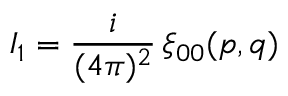
I _ { 1 } = { \frac { i } { ( 4 \pi ) ^ { 2 } } } \, \xi _ { 0 0 } ( p , q )